Eesti_Vabariigi_Tartu_Ulikool, lk 39
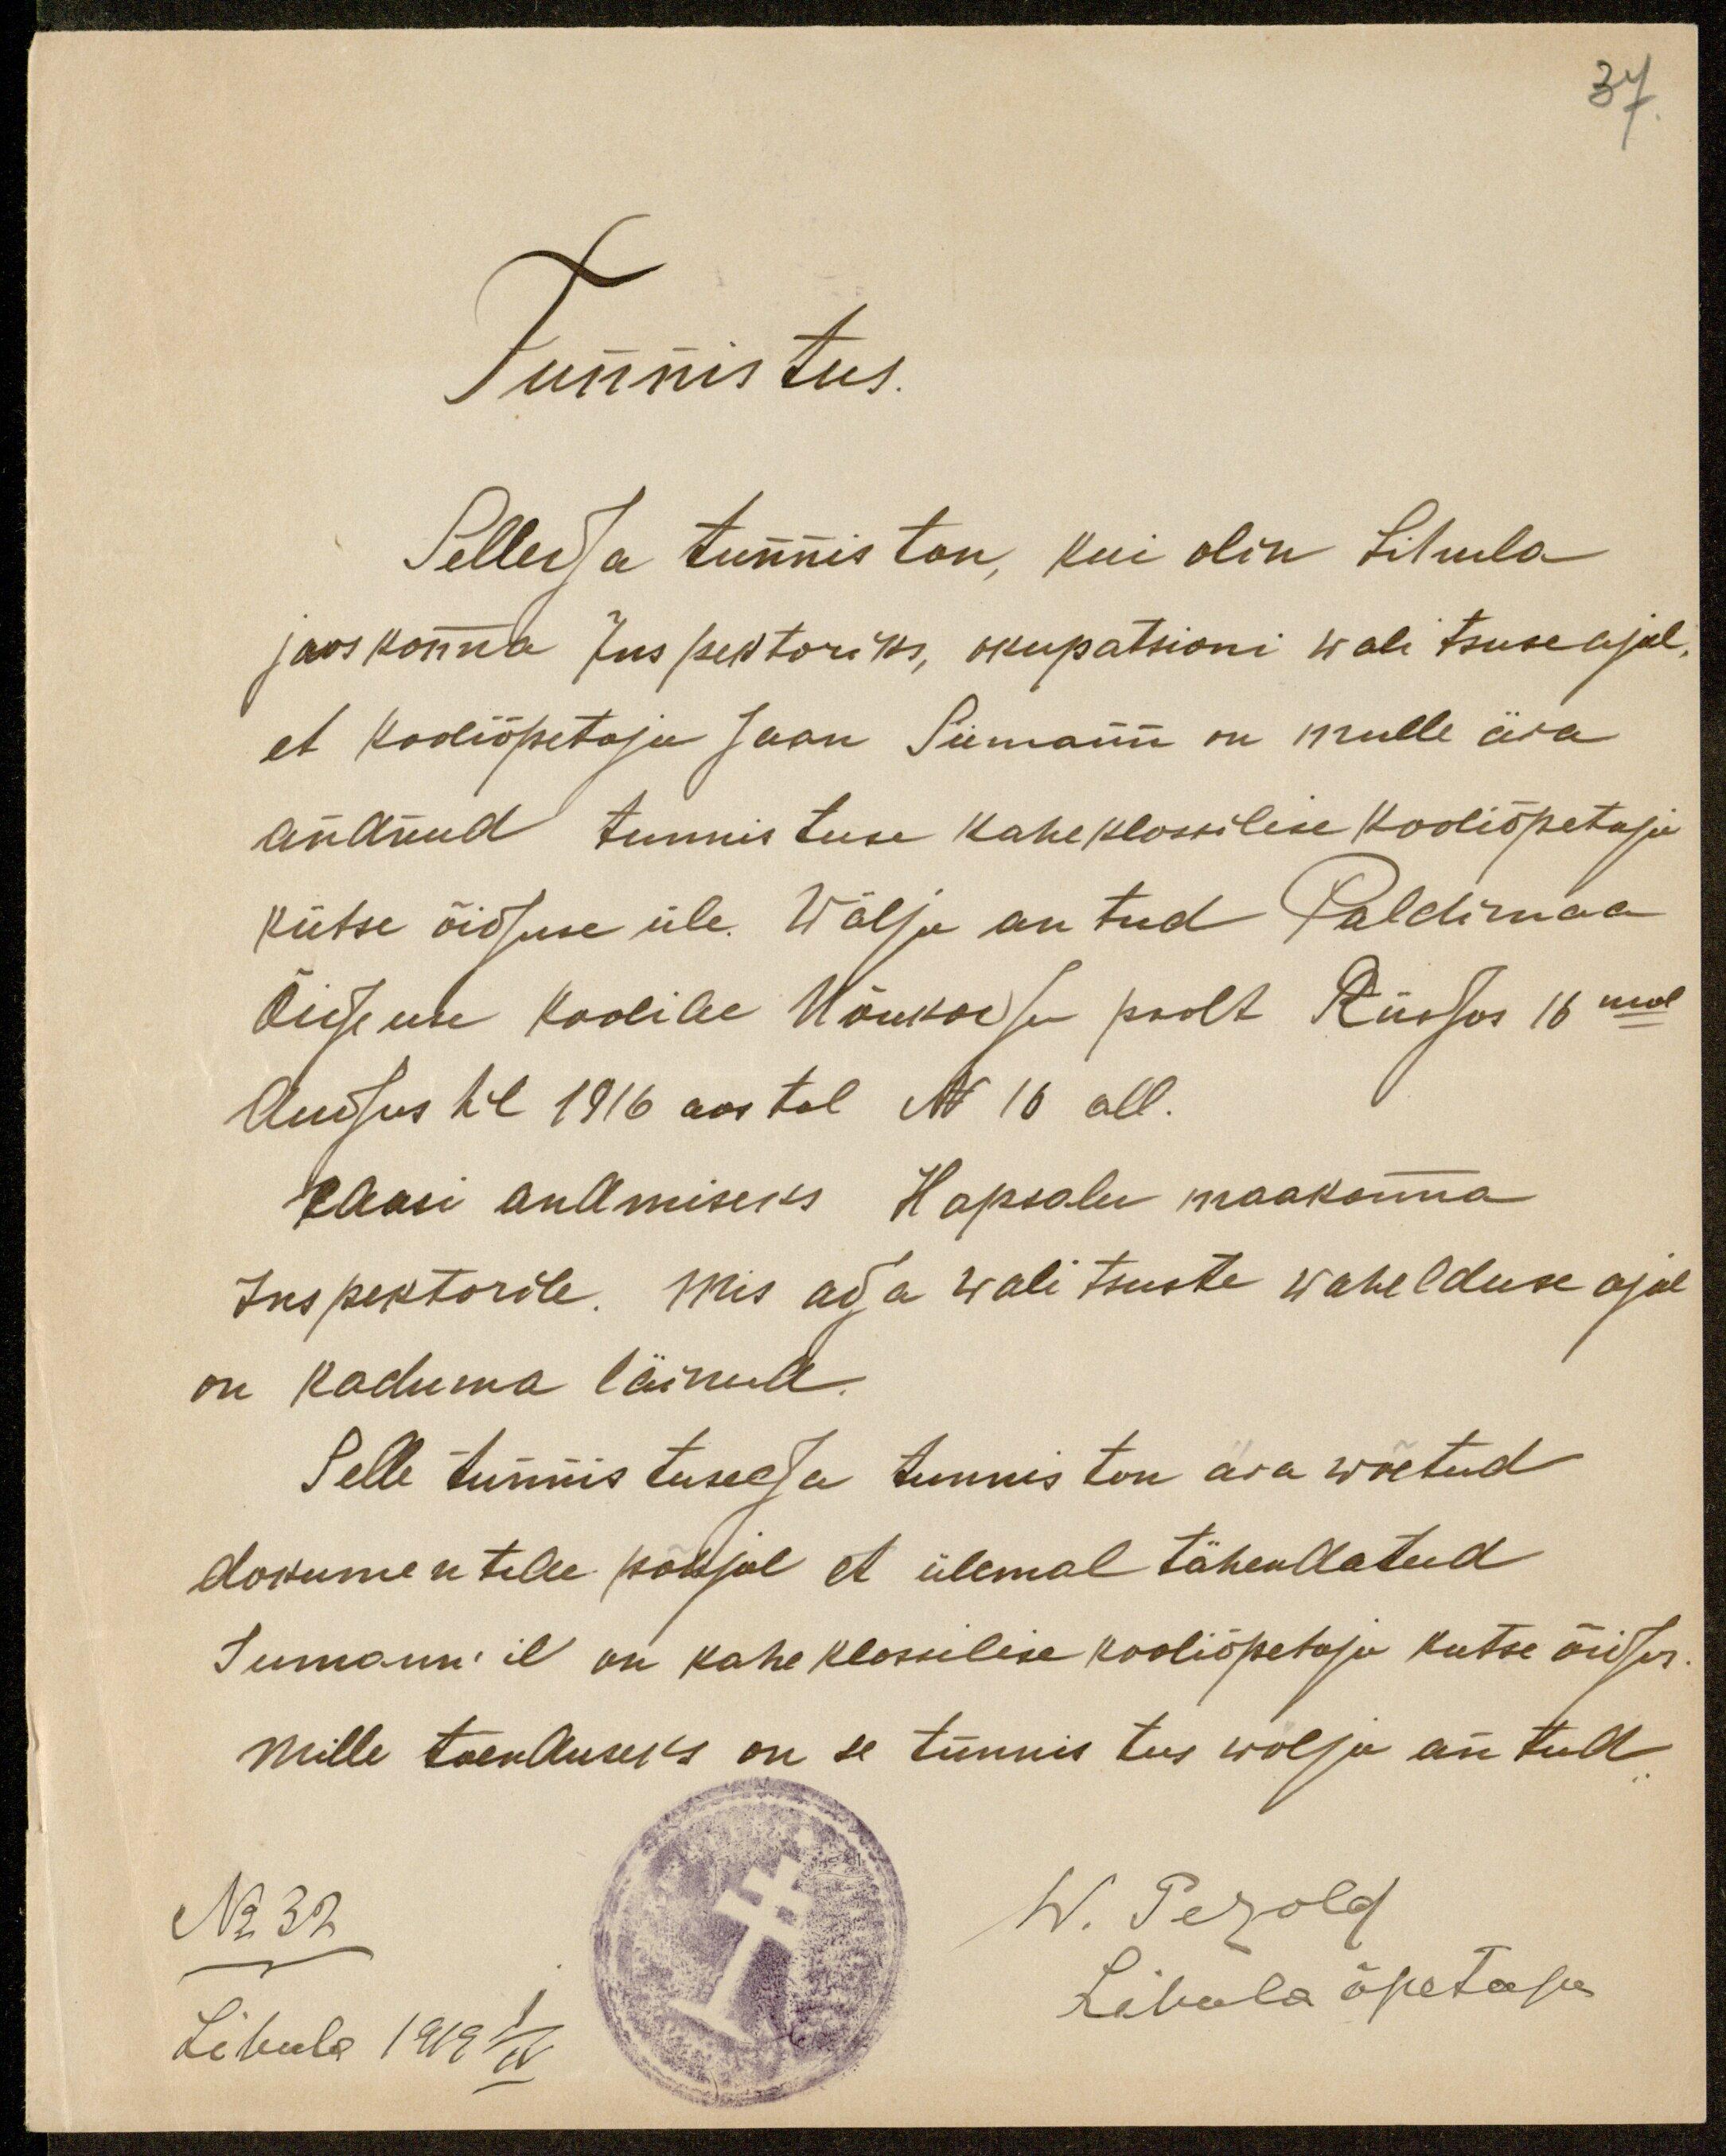
37.

Tunnistus.
Sellega tunnistan, kui olin Lihula
jaoskonna Inspektoriks, okupatsioni walitsuse ajal,
et kooliõpetaja Jaan Siimann on mulle ära
andnud tunnistuse kaheklassilise kooliõpetaja
kutse õiguse üle. Wälja antud Paldimaa
Õigeuse koolide Nõukogu poolt Riigas 16mal
Augustil 1916 aastal N 16 all.
Edasi andmiseks Hapsalu maakonna
Inspektorile. Mis aga walitsuste wahelduse ajal
on kaduma läinud.
Selle tunnistusega tunnistan ära wõetud
dokumentide põhjal et ülewal tähendatud
Seemann'il on kahe klassilise kooliõpetaja kutse õigus,
mille tõenduseks on se tunnistus wälja antud
No 32
W. Perold
Lihula 1919 1/IV
Lihula õpetaja